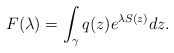
\begin{align*}F(\lambda) =\int_{\gamma} q(z)e^{\lambda S(z)}dz.\end{align*}